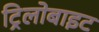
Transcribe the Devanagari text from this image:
ट्रिलोबाइट